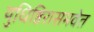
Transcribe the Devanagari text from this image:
युधिष्ठिरासमवेत